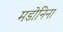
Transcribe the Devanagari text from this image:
मडोनिना